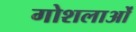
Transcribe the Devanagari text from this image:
गोशलाओं